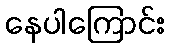
နေပါကြောင်း